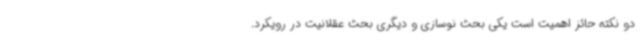
دو نکته حائز اهمیت است یکی بحث نوسازی و دیگری بحث عقلانیت در رویکرد.